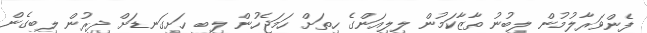
ފެންވަރާލުމުން ލިބުނު ތާޒާކަމުން ލިލިއަންގެ ހިތަށް ހަމަޖެހުން ލިބި ހަށިގަނޑަށް ދިރުން ލިބިގެން